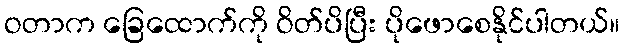
ဝတာက ခြေထောက်ကို ဝိတ်ပိပြီး ပိုဖောစေနိုင်ပါတယ်။